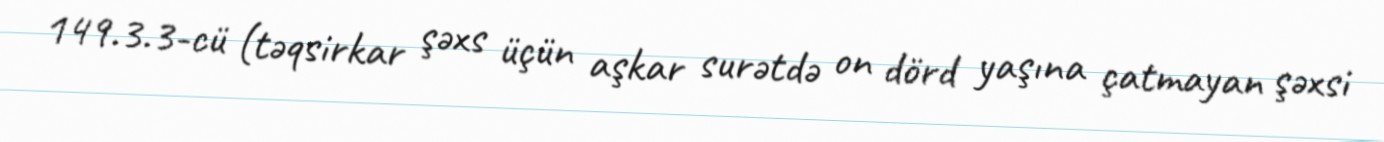
149.3.3-cü (təqsirkar şəxs üçün aşkar surətdə on dörd yaşına çatmayan şəxsi